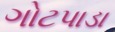
ગોટપાડા